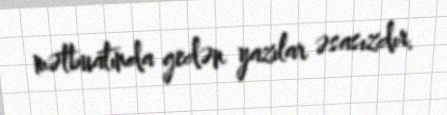
mətbuatında gedən yazılar əsasızdır.